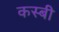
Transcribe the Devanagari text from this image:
कस्बी